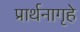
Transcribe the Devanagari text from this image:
प्रार्थनागृहे